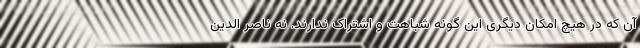
آن که در هیچ امکان دیگری این گونه شباهت و اشتراک ندارند. نه ناصر الدین